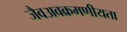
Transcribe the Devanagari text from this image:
जैवअवक्रमणीयता